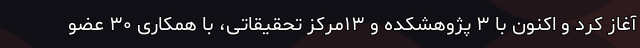
آغاز کرد و اکنون با ۳ پژوهشکده و ۱۳مرکز تحقیقاتی، با همکاری ۳۰ عضو